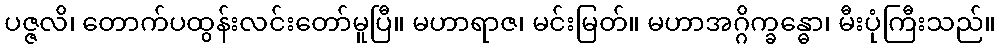
ပဇ္ဇလိ၊ တောက်ပထွန်းလင်းတော်မူပြီ။ မဟာရာဇ၊ မင်းမြတ်။ မဟာအဂ္ဂိက္ခန္ဓော၊ မီးပုံကြီးသည်။